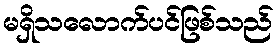
မရှိသလောက်ပင်ဖြစ်သည်